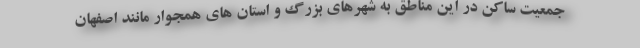
جمعیت ساکن در این مناطق به شهرهای بزرگ و استان های همجوار مانند اصفهان